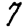
Digit: 7